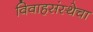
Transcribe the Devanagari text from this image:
विवाहसंस्थेचा